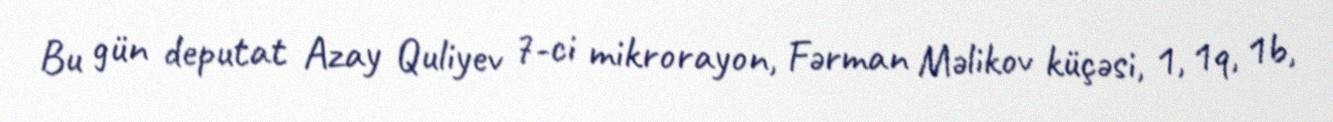
Bu gün deputat Azay Quliyev 7-ci mikrorayon, Fərman Məlikov küçəsi, 1, 1q, 1b,